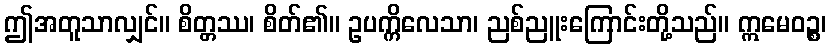
ဤအတူသာလျှင်။ စိတ္တဿ၊ စိတ်၏။ ဥပက္ကိလေသာ၊ ညစ်ညူးကြောင်းတို့သည်။ ဣမေဝဉ္စ၊